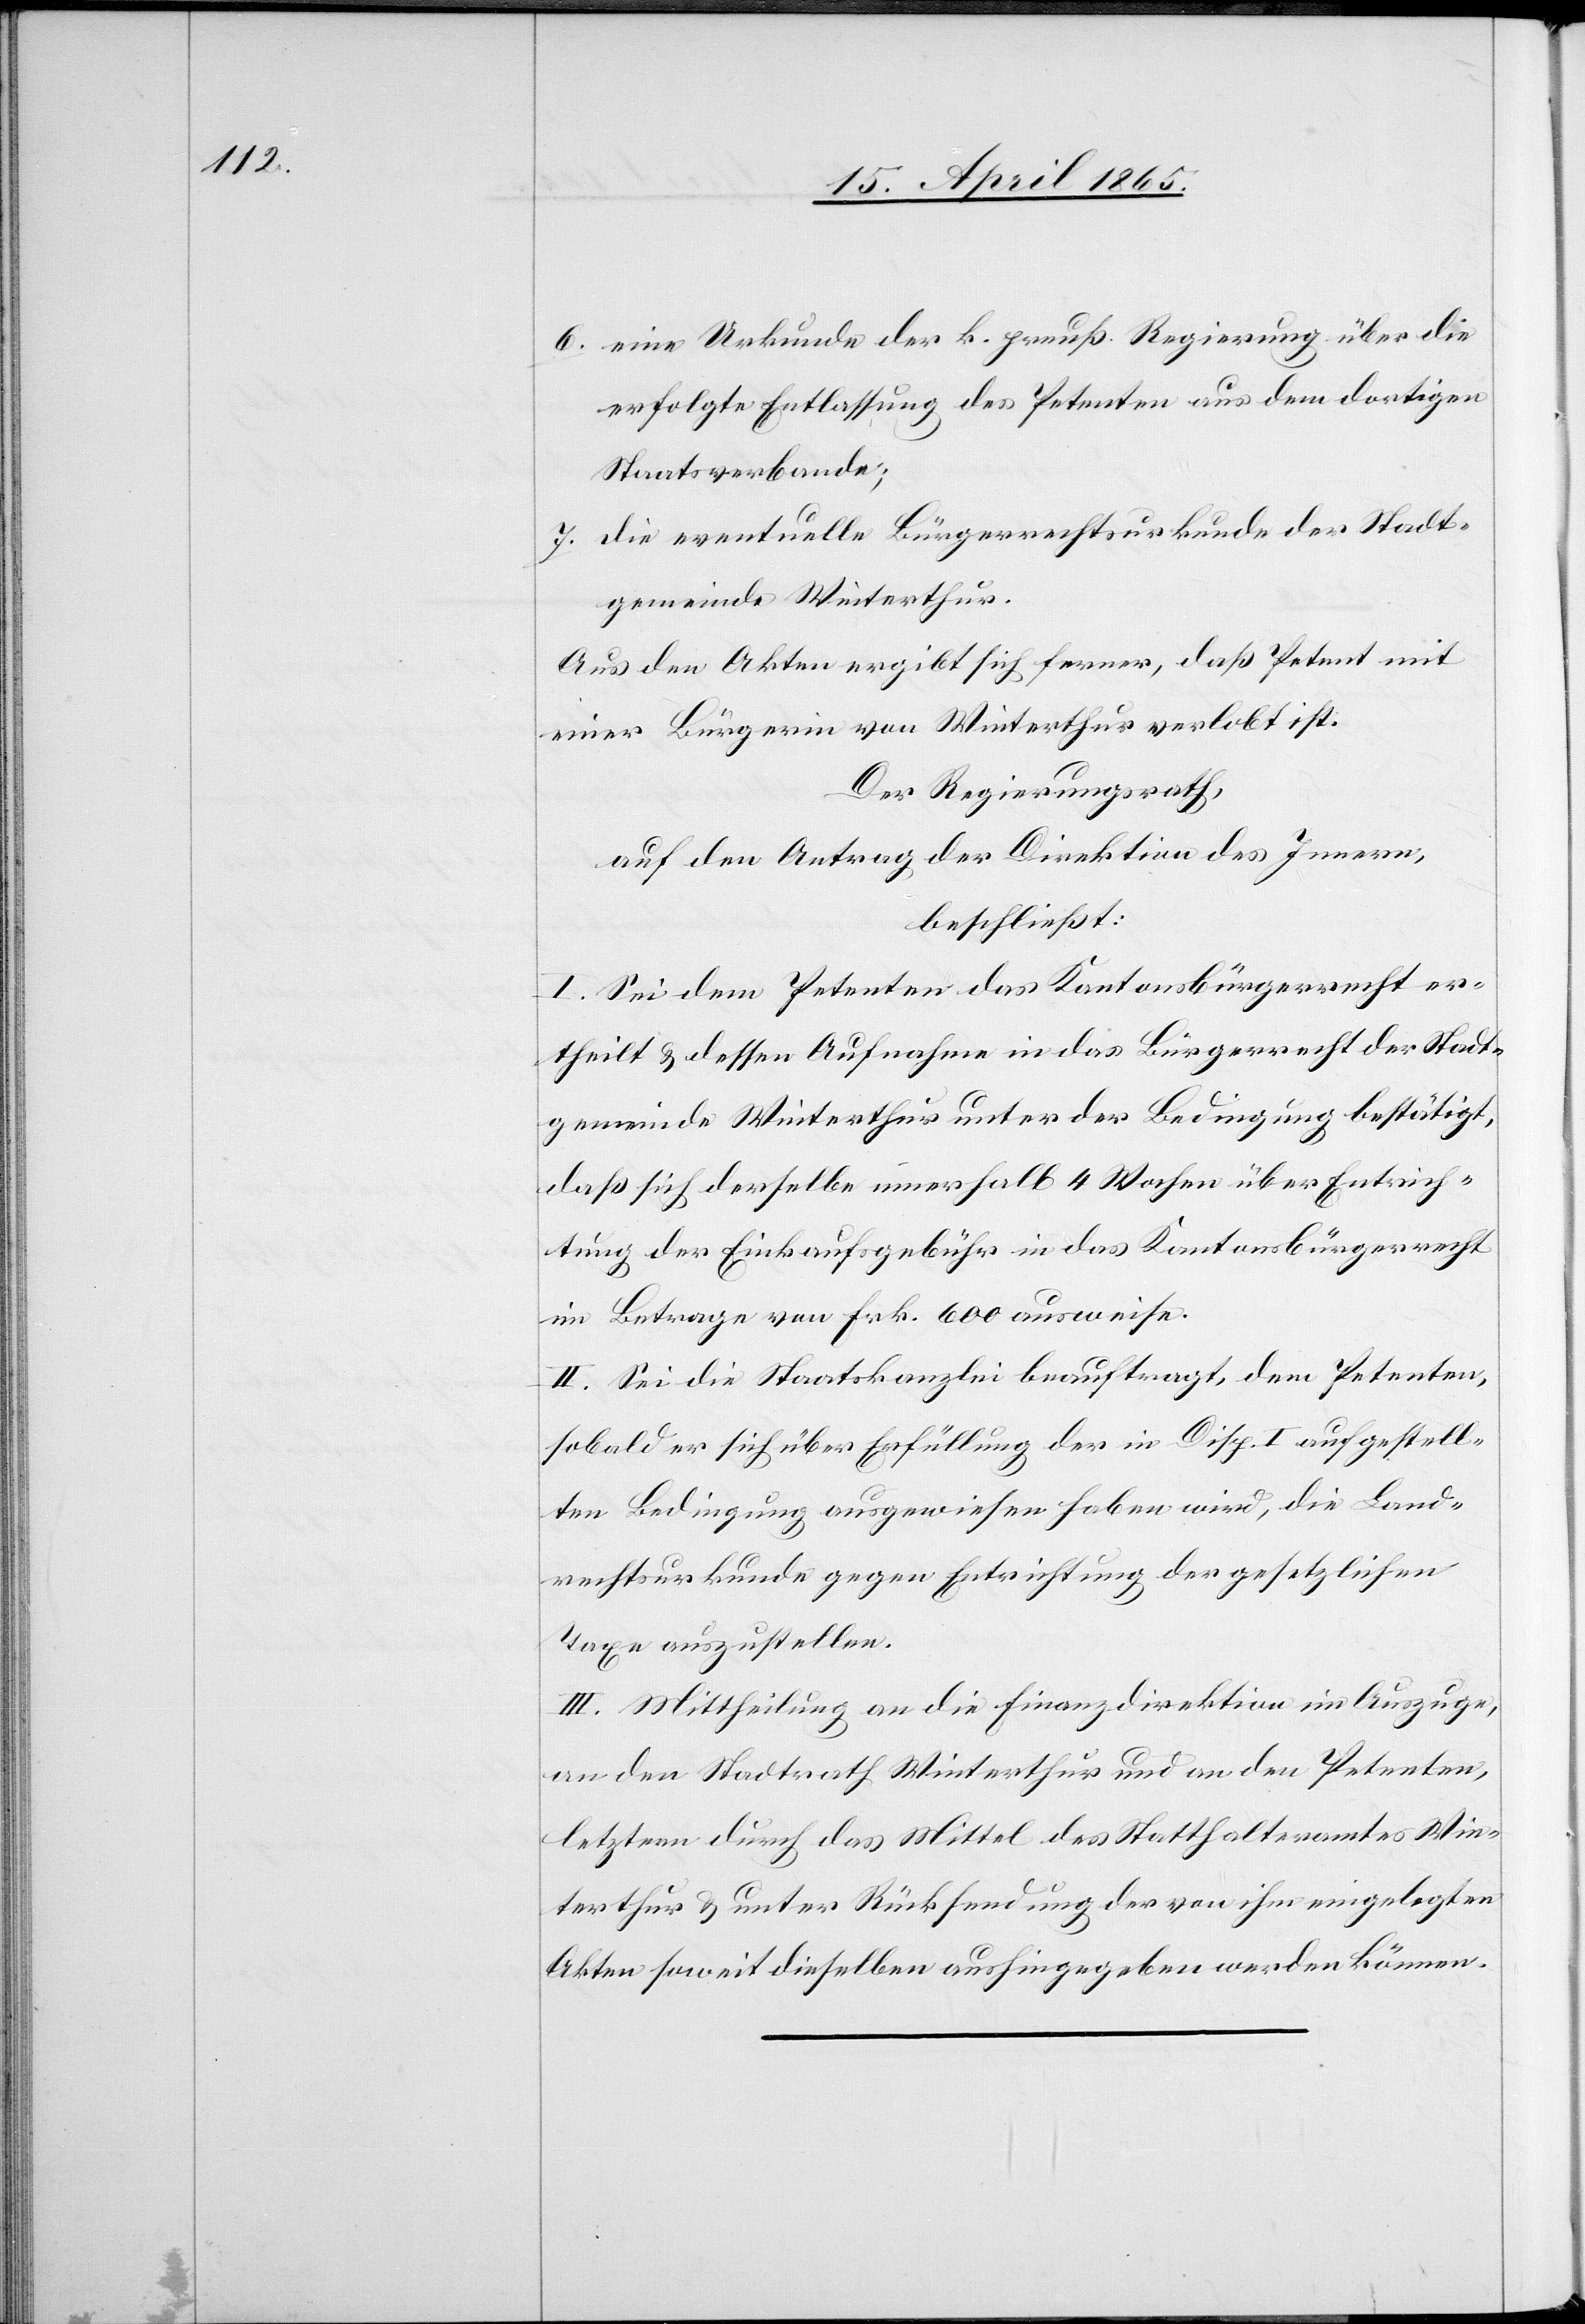
6. eine Urkunde der k. preuß. Regierung über die
erfolgte Entlassung des Petenten aus dem dortigen
Staatsverbande;
7. die eventuelle Bürgerrechtsurkunde der Stadt¬
gemeinde Winterthur.
Aus den Akten ergibt sich ferner, daß Petent mit
einer Bürgerin von Winterthur verlobt ist.
Der Regierungsrath,
auf den Antrag der Direktion des Innern,
beschließt:
I. Sei dem Petenten das Kantonsbürgerrecht er¬
theilt & dessen Aufnahme in das Bürgerrecht der Stadt¬
gemeinde Winterthur unter der Bedingung bestätigt,
daß sich derselbe innerhalb 4 Wochen über Entrich¬
tung der Einkaufsgebühr in das Kantonsbürgerrecht
im Betrage von Frk. 600 ausweise.
II. Sei die Staatskanzlei beauftragt, dem Petenten,
sobald er sich über Erfüllung der in Disp. I aufgestell¬
ten Bedingung ausgewiesen haben wird, die Land¬
rechtsurkunde gegen Entrichtung der gesetzlichen
Taxe auszustellen.
III. Mittheilung an die Finanzdirektion im Auszuge,
an den Stadtrath Winterthur und an den Petenten,
letztern durch das Mittel des Statthalteramtes Win¬
terthur & unter Rücksendung der von ihm eingelegten
Akten soweit dieselben aushingegeben werden können.